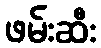
ဖမ်းဆီး